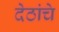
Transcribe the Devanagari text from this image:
देठांचे